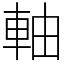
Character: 軸